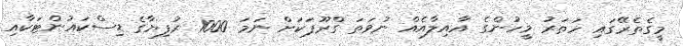
މީގެތެރޭގައި ހަތަރު މީހުންގެ އާއިލާއެއް ނުވަތަ ގްރޫޕަކަށް ނަމަ 1000 ރުފިޔާގެ ޑިސްކައުންޓަކާއި